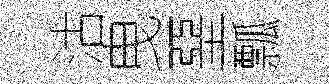
沽曳堊瓢